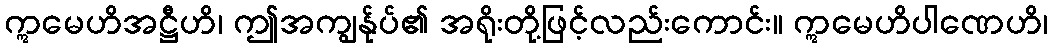
ဣမေဟိအဋ္ဌီဟိ၊ ဤအကျွန်ုပ်၏ အရိုးတို့ဖြင့်လည်းကောင်း။ ဣမေဟိပါဏေဟိ၊